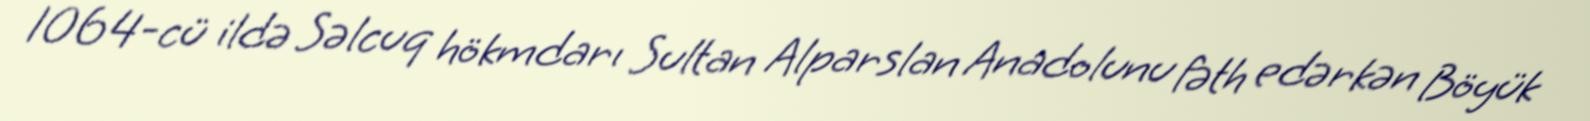
1064-cü ildə Səlcuq hökmdarı Sultan Alparslan Anadolunu fəth edərkən Böyük